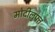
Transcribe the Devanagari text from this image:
मोदीलुफ्त